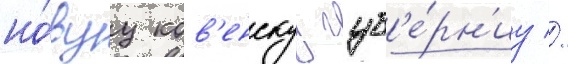
но́вуу ков'енскуу губ'е́рн'иу //